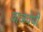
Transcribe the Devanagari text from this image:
वाजपेयीं